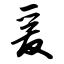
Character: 爰